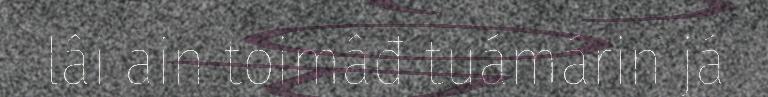
lâi ain toimâđ tuámárin já